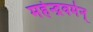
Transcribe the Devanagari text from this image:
महेन्द्रवर्मन्